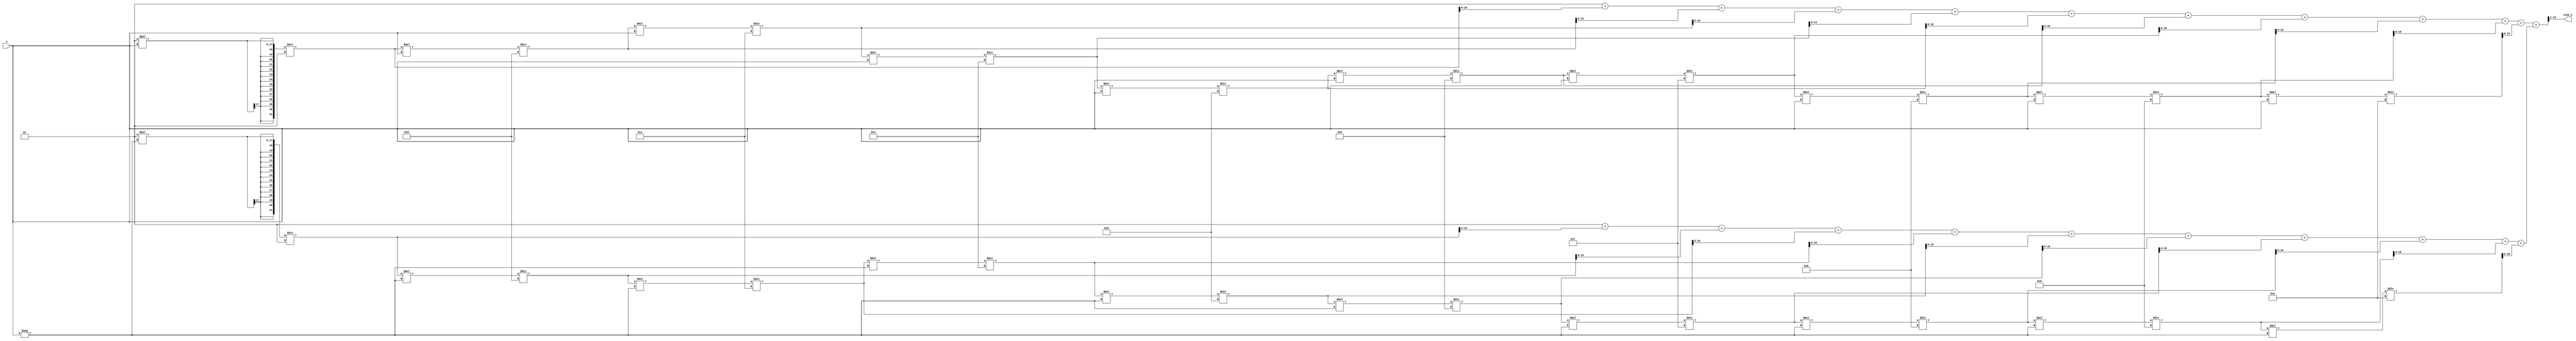
module hyperbolic_cosh (
    input wire signed [15:0] x,       // Input: Fixed-point representation of x
    output reg signed [15:0] cosh_x    // Output: Computed hyperbolic cosine
);

    // Internal signals for e^x and e^-x
    reg signed [31:0] exp_x;
    reg signed [31:0] exp_neg_x;
    reg signed [31:0] sum_exp;
    
    // Parameters for Taylor series expansion
    parameter integer N = 10; // Number of terms in the Taylor series

    // Function to calculate e^x using Taylor series
    function signed [31:0] exp_taylor;
        input signed [15:0] x;
        integer i;
        reg signed [31:0] term;
        reg signed [31:0] result;
        begin
            result = 32'h00000001; // e^0 = 1
            term = 32'h00000001;   // First term (x^0 / 0!)
            for (i = 1; i <= N; i = i + 1) begin
                term = (term * x) / i; // Calculate x^i / i!
                result = result + term; // Add term to result
            end
            exp_taylor = result;
        end
    endfunction

    // Always block to compute cosh
    always @(*) begin
        // Calculate e^x and e^-x
        exp_x = exp_taylor(x);
        exp_neg_x = exp_taylor(-x);
        
        // Sum e^x and e^-x
        sum_exp = exp_x + exp_neg_x;
        
        // Compute cosh(x) = (e^x + e^-x) / 2
        cosh_x = sum_exp >> 1; // Right shift by 1 to divide by 2
    end

endmodule